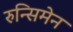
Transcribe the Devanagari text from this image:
रुन्सिमेन